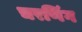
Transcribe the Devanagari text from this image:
चरणिंग